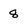
Character: 8